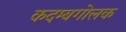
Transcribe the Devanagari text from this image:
कदम्बगोलक